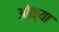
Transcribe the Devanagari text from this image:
ओळ्या